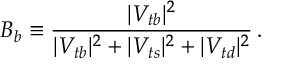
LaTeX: B _ { b } \equiv { \frac { \vert V _ { t b } \vert ^ { 2 } } { \vert V _ { t b } \vert ^ { 2 } + \vert V _ { t s } \vert ^ { 2 } + \vert V _ { t d } \vert ^ { 2 } } } \, .